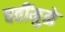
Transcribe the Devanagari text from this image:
चवींमुळे